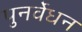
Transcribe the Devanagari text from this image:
पुनर्वेधन